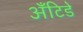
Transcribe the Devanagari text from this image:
अँटिडे